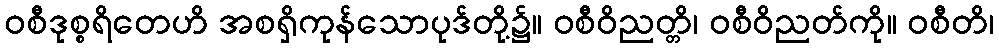
ဝစီဒုစ္စရိတေဟိ အစရှိကုန်သောပုဒ်တို့၌။ ဝစီဝိညတ္တိ၊ ဝစီဝိညတ်ကို။ ဝစီတိ၊